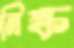
নিষ্ক